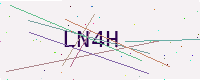
Text: LN4H